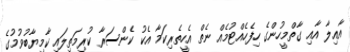
އާއިލާ އާއި ގާތްމީހުންގެ ހިފެހެއްޓުމެއް ނެތް އެހީތެރިކަމާ އެކު ކެންސަރާ ކުރިމަތިލައި ކާމިޔާބުވުމުގެ